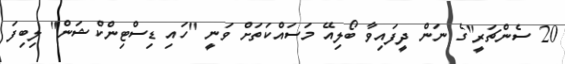
20 ސެންޗަރީ"ގެ ނަން ދީފައިވާ ބޯލިއޭ މަސައްކަތަށް ވަނީ "ހައި ޑިސްޓިންކްޝަން" ލިބިފަ